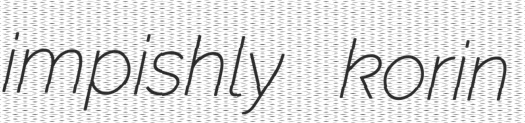
impishly korin